Report on lock hospitals in British Burma
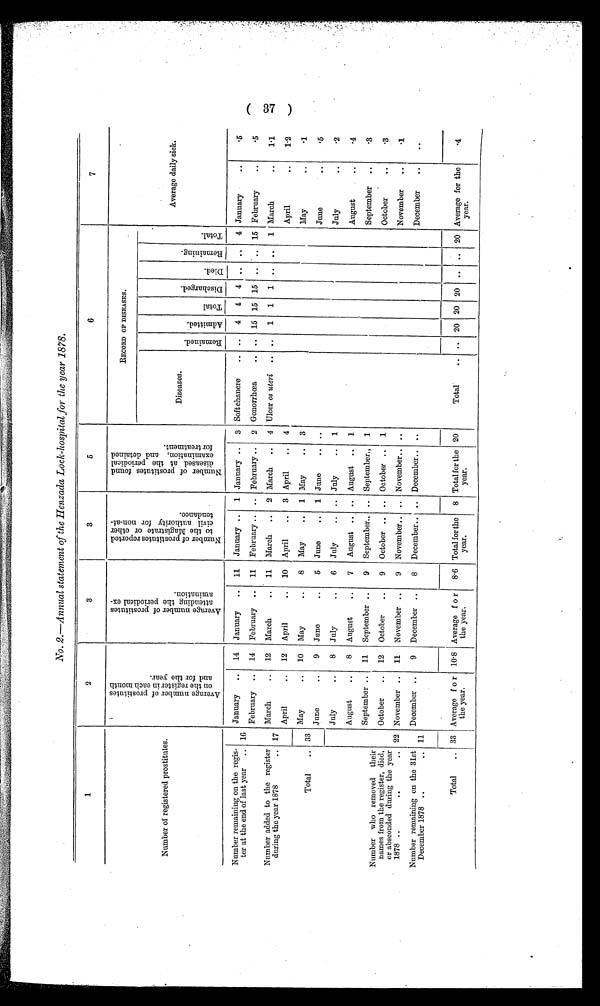
No. 2.—Annual statement of the Henzada Lock-hospital for the year 1878.
1
2
3
4
5
6
7
Number of registered prostitutes.
A v e r a g e n u m b e r o f p r o s t i t u t e s a n d t h e r e g i s t e r i n e a c h m o n t h a n d t h e f o r t h e y e a r .
A v e r a g e n u m b e r o f p r o s t i t u t e s a t t e n d i n g t h e p e r i o d i c a l e x a m i n a t i o n .
N u m b e r o f p r o s t i t u t e s r e p o r t e d t o t h e M a g i s t r a t e o r o t h e r c i v i l a u t h o r i t y f o r n o n - a t - t e n d a n c e .
N u m b e r o f p r o s t i t u t e s f o u n d d i s e a s e d a t t h e p e r i o d i c a l e x a m i n a t i o n , a n d d e t a i n e d f o r t r e a t m e n t .
RECORD OF DISEASES.
Average daily sick.
Diseases
R e m a i n e d .
A d m i t t e d .
T o t a l .
D i s c h a r g e d .
D i e d .
R e m a i n i n g .
T o t a l
Number remaining on the regis-
ter at the end of last year
..
Number added to the register
during the year 1878
..
16
17
January
..
14
January
..
11
January ..
1 January ..
3 Soft chancre
..
..
4
4 . . 4
..
. . 4 January
..
.5
February
..
14
February
..
11
February ..
.. February ..
2 Gonorrhœa
..
..
15 15 15
..
..
15 February
..
.5
March
..
12
March
..
11
March
..
2 March
..
4 Ulcer os uteri
..
..
1
1
1
..
..
1 March
..
1.1
April
..
12
April
..
10
April
..
3 April
..
4
April
..
1.2
Total
.. 33
May
. .
10
May
. .
8
May
..
1 May
..
3
May
..
.1
June
..
9
June
..
5
June
..
1 June
..
..
June
..
.5
July
. .
8
July
..
6
July
..
.. July
..
1
July
..
.2
August
..
8
August
..
7
August .. .. August
..
1
August
..
.4
September ..
11
September ..
9
September.. .. September.,
1
September
..
.3
Number who removed
their
names from the register, died,
or absconded during the year
1878 ..
. . . .
22
11
October
..
12
October
..
9
October ..
.. October ..
1
October
..
.3
November ..
11
November ..
9
November.. .. November.. ..
November
..
.1
Number remaining on the 31st
December 1878 ..
..
December ..
9
December ..
8
December.. .. December..
..
December
..
..
Total
.. 33 Average f o r
the year.
10 . 8 Average f o r
the year.
8.6 Total for the
year.
8 Total for the 20
year.
Total
..
..
20 20 20
..
..
20 Average for the
year.
.4
( 37 )